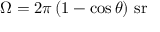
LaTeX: \Omega = 2 \pi \left( 1 - \cos \theta \right) \, { \mathrm { s r } }